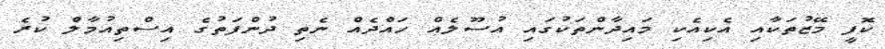
ކޮފީ މޭޒުތަކާއި އެކިއެކި މައިދާންތަކުގައި އުސޫލެއް ހައްދެއް ނެތި ދުންފަތުގެ އިސްތިއުމާލް ކުރެ